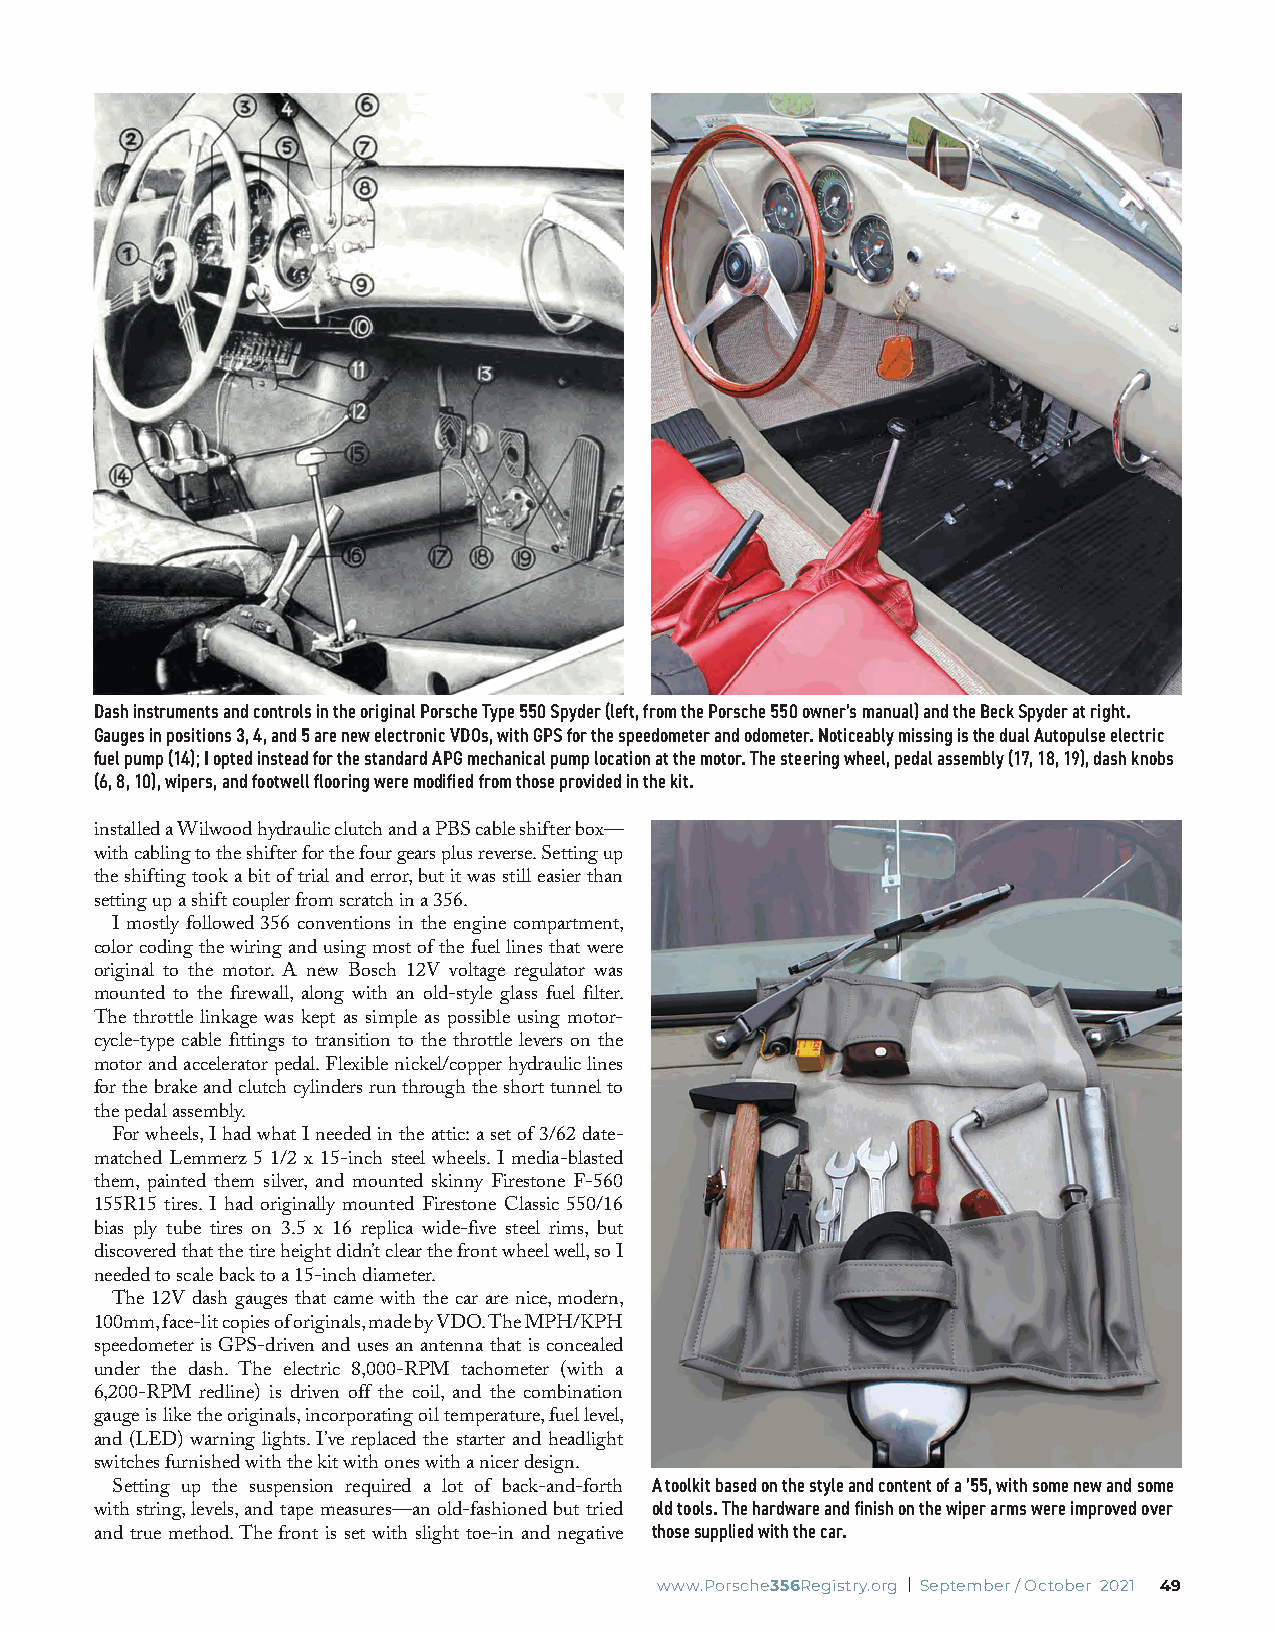
Dash instruments and controls in the original Porsche Type 550 Spyder (left, from the Porsche 550 owner’s manual) and the Beck Spyder at right.
 Gauges in positions 3, 4, and 5 are new electronic VDOs, with GPS for the speedometer and odometer. Noticeably missing is the dual Autopulse electric
 fuel pump (14); I opted instead for the standard APG mechanical pump location at the motor. The steering wheel, pedal assembly (17, 18, 19), dash knobs
 (6, 8, 10), wipers, and footwell flooring were modified from those provided in the kit.
 installed a Wilwood hydraulic clutch and a PBS cable shifter box—
 with cabling to the shifter for the four gears plus reverse. Setting up
 the shifting took a bit of trial and error, but it was still easier than
 setting up a shift coupler from scratch in a 356.
 I mostly followed 356 conventions in the engine compartment,
 color coding the wiring and using most of the fuel lines that were
 original to the motor. A new Bosch 12V voltage regulator was
 mounted to the firewall, along with an old-style glass fuel filter.
 The throttle linkage was kept as simple as possible using motor-
 cycle-type cable fittings to transition to the throttle levers on the
 motor and accelerator pedal. Flexible nickel/copper hydraulic lines
 for the brake and clutch cylinders run through the short tunnel to
 the pedal assembly.
 For wheels, I had what I needed in the attic: a set of 3/62 date-
 matched Lemmerz 5 1/2 x 15-inch steel wheels. I media-blasted
 them, painted them silver, and mounted skinny Firestone F-560
 155R15 tires. I had originally mounted Firestone Classic 550/16
 bias ply tube tires on 3.5 x 16 replica wide-five steel rims, but
 discovered that the tire height didn’t clear the front wheel well, so I
 needed to scale back to a 15-inch diameter.
 The 12V dash gauges that came with the car are nice, modern,
 100mm, face-lit copies of originals, made by VDO. The MPH/KPH
 speedometer is GPS-driven and uses an antenna that is concealed
 under the dash. The electric 8,000-RPM tachometer (with a
 6,200-RPM redline) is driven off the coil, and the combination
 gauge is like the originals, incorporating oil temperature, fuel level,
 and (LED) warning lights. I’ve replaced the starter and headlight
 switches furnished with the kit with ones with a nicer design.
 A toolkit based on the style and content of a ’55, with some new and some
 Setting up the suspension required a lot of back-and-forth
 old tools. The hardware and finish on the wiper arms were improved over
 with string, levels, and tape measures—an old-fashioned but tried
 those supplied with the car.
 and true method. The front is set with slight toe-in and negative
 www.Porsche356Registry.org | September / October 2021 49